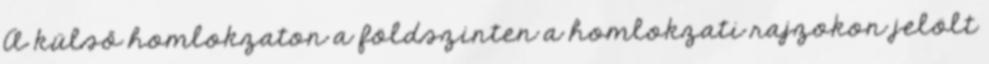
A külső homlokzaton a földszinten a homlokzati rajzokon jelölt